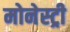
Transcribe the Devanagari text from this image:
मोनेस्‍ट्री